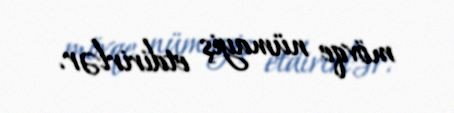
mövqe nümayiş etdirirlər.